Scottish Leaving Certificate Examination, 1953
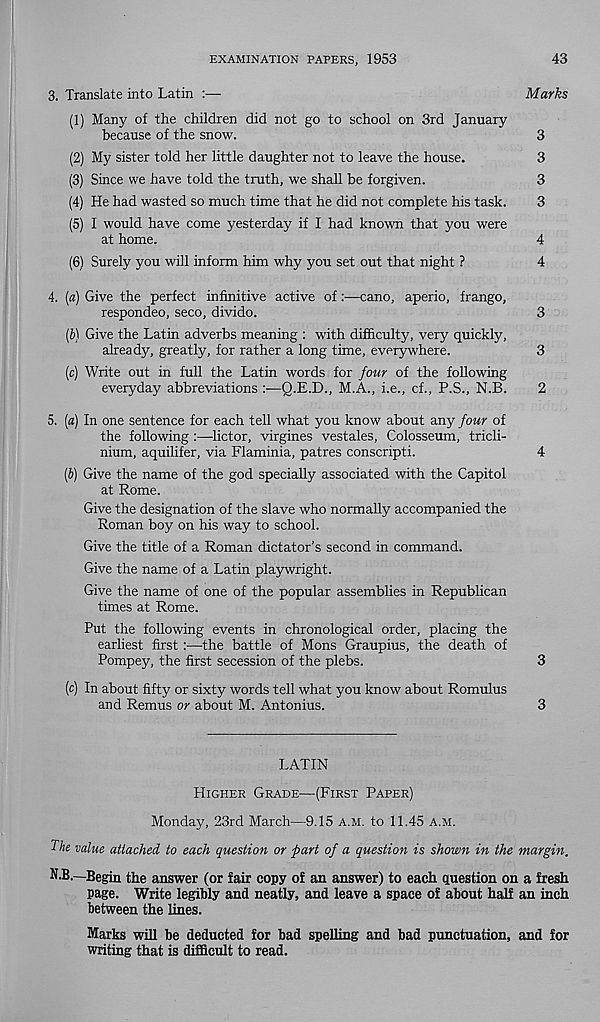
EXAMINATION PAPERS, 1953
43
3. Translate into Latin :—
Marks
(1) Many of the children did not go to school on 3rd January
because of the snow.
3
(2) My sister told her little daughter not to leave the house.
3
(3) Since we have told the truth, we shall be forgiven.
3
(4) He had wasted so much time that he did not complete his task.
3
(5) I would have come yesterday if I had known that you were
at home.
4
(6) Surely you will inform him why you set out that night ?
4
4. (a) Give the perfect infinitive active of:—cano, aperio, frango,
respondeo, seco, divide.
3
[b\ Give the Latin adverbs meaning : with difficulty, very quickly,
already, greatly, for rather a long time, everywhere.
3
(c) Write out in full the Latin words for four of the following
everyday abbreviations
Q.E.D., M.A., i.e., cf., P.S., N.B.
2
5. (a) In one sentence for each tell what you know about any four of
the following :—lictor, virgines vestales, Colosseum, tricli-
nium, aquilifer, via Flaminia, patres conscripti.
4
(b) Give the name of the god specially associated with the Capitol
at Rome.
Give the designation of the slave who normally accompanied the
Roman boy on his way to school.
Give the title of a Roman dictator's second in command.
Give the name of a Latin playwright.
Give the name of one of the popular assemblies in Repubhcan
times at Rome.
Put the following events in chronological order, placing the
earliest first :—the battle of Mons Graupius, the death of
Pompey, the first secession of the plebs.
3
(c) In about fifty or sixty words tell what you know about Romulus
and Remus or about M. Antonius.
3
LATIN
Higher Grade-—(First Paper)
Monday, 23rd March—9.15 a.m. to 11.45 a.m.
The value attached to each question or part of a question is shown in the margin.
N.B.—Begin the answer (or fair copy of an answer) to each question on a fresh
page. Write legibly and neatly, and leave a space of about half an inch
between the lines.
Marks will be deducted for bad spelling and bad punctuation, and for
writing that is difficult to read.